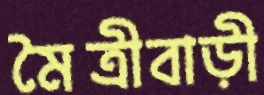
মৈত্রীবাড়ী